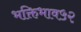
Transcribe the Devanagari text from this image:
भक्तिभाव५२